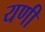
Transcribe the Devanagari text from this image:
यणी